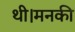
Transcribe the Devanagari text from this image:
थी।मनकी